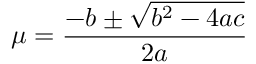
\mu = \frac { - b \pm \sqrt { b ^ { 2 } - 4 a c } } { 2 a }